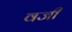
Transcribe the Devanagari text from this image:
वजी